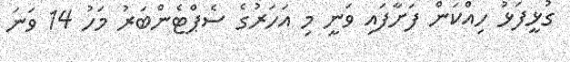
ގުޅީފަޅު ހިއްކަން ފަށާފައި ވަނީ މި އަހަރުގެ ސެޕްޓެންބަރު މަހު 14 ވަނަ